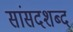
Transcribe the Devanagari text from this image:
सांसदशब्द